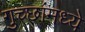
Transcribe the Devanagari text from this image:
गुच्छांमध्ये